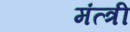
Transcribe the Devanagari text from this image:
मंत्त्री